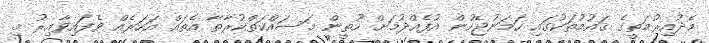
މެދުއިރުމަތީގެ ޤައުމުތަކުގައި ހަމަނުޖެހުން އުފެއްދުމަށް ހޫތީން މަސައްކަތްކުރާތާ އެތައް އަހަރެއް ވެފައިވާއިރު މި